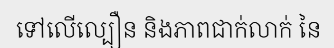
ទៅលើល្បឿន និងភាពជាក់លាក់ នៃ